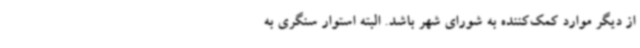
از دیگر موارد کمک‌کننده به شورای شهر ‌باشد. البته استوار سنگری به